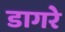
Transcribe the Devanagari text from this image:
डागरे